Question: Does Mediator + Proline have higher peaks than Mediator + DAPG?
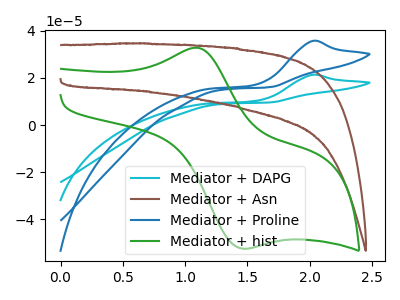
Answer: <think>The cyan curve "Mediator + DAPG" has an anodic peak at: (2.00V, 21.35uA). The brown curve "Mediator + Asn" has no peaks. The blue curve "Mediator + Proline" has an anodic peak at: (2.00V, 35.70uA). The green curve "Mediator + hist" has an anodic peak at (1.10V, 32.85uA) and a cathodic peak at (1.45V, -52.45uA).</think>
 <answer>Every peak in "Mediator + Proline" is higher than every peak in "Mediator + DAPG".</answer>
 <eval>higher</eval>